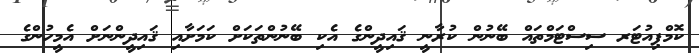
ކޮމްޕިއުޓަރ ސިސްޓަމްތައް ބޭނުން ކުރާނީ ޤައިދީންގެ އެކި ބޭނުންތަކަށް ކަމަށާއި ޤައިދީންނަށް އެމީހުންގެ